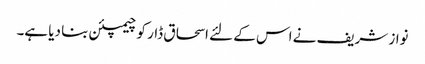
نواز شریف نے اس کے لئے اسحاق ڈار کو چیمپئن بنا دیا ہے۔